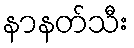
နာနတ်သီး